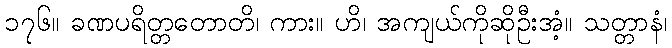
၁၇၆။ ခဏပရိတ္တတောတိ၊ ကား။ ဟိ၊ အကျယ်ကိုဆိုဦးအံ့။ သတ္တာနံ၊